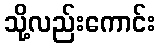
သို့လည်းကောင်း